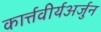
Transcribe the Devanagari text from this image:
कार्त्तवीर्यअर्जुन